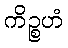
ကိဉ္စဟံ